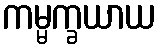
ကမ္မက္ခယာယ